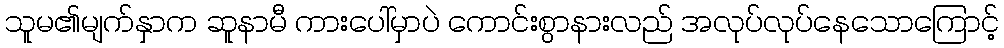
သူမ၏မျက်နှာက ဆူနာမီ ကားပေါ်မှာပဲ ကောင်းစွာနားလည် အလုပ်လုပ်နေသောကြောင့်